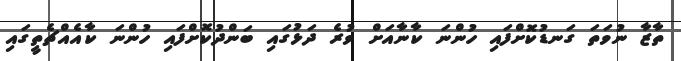
ތާޒާ ނުވަތަ ގަނޑުކޮށްފައި ހުންނަ ކާނާއަށް ވުރެ ދަޅުގައި ބަންދުކޮށްފައި ހުންނަ ކާއެއްޗެތީގައި